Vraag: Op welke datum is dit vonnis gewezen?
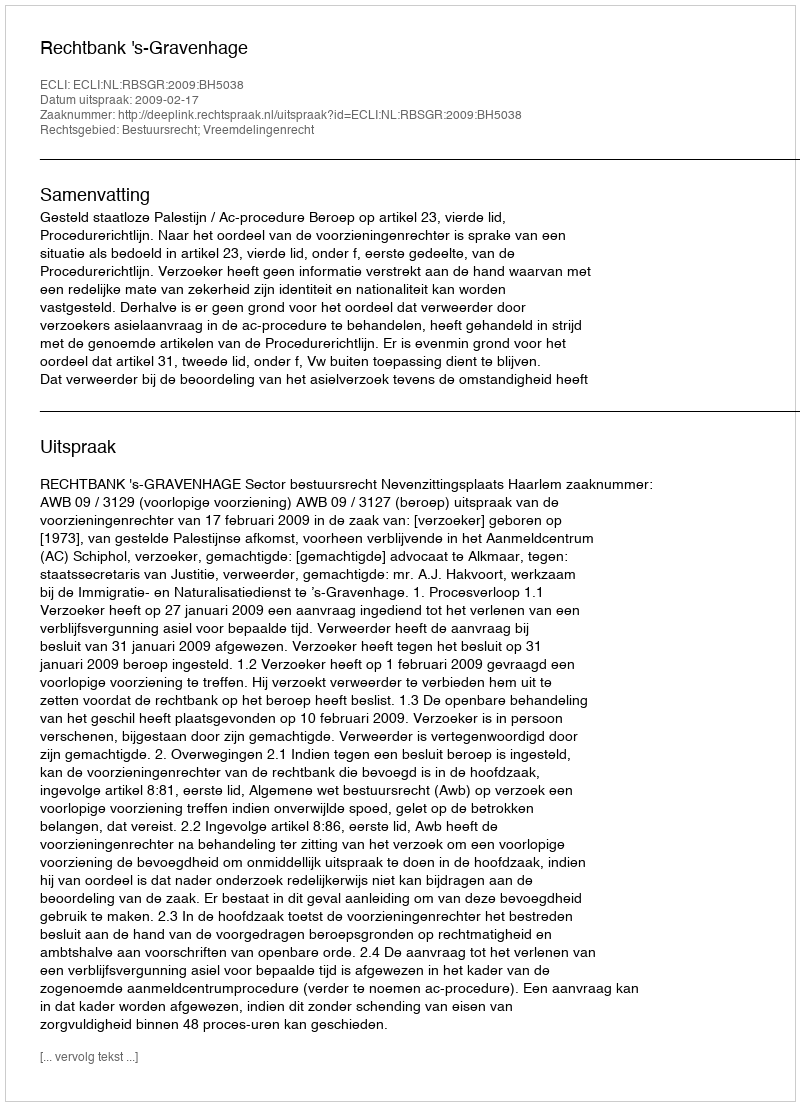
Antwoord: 2009-02-17